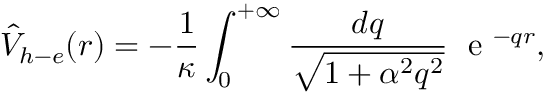
{ \hat { V } } _ { h - e } ( r ) = - \frac { 1 } { \kappa } \int _ { 0 } ^ { + \infty } \frac { d q } { \sqrt { 1 + \alpha ^ { 2 } q ^ { 2 } } } \; \textrm { e } ^ { - q r } ,